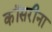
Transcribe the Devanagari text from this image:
कॉसरीना